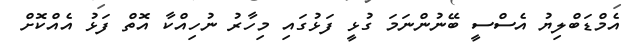
އެމްޑަބްލިޔު އެސްސީ ބޭނުންނަމަ ގުޅީ ފަޅުގައި މިހާރު ނުހިއްކާ އޮތް ފަޅު އެއްކޮށް